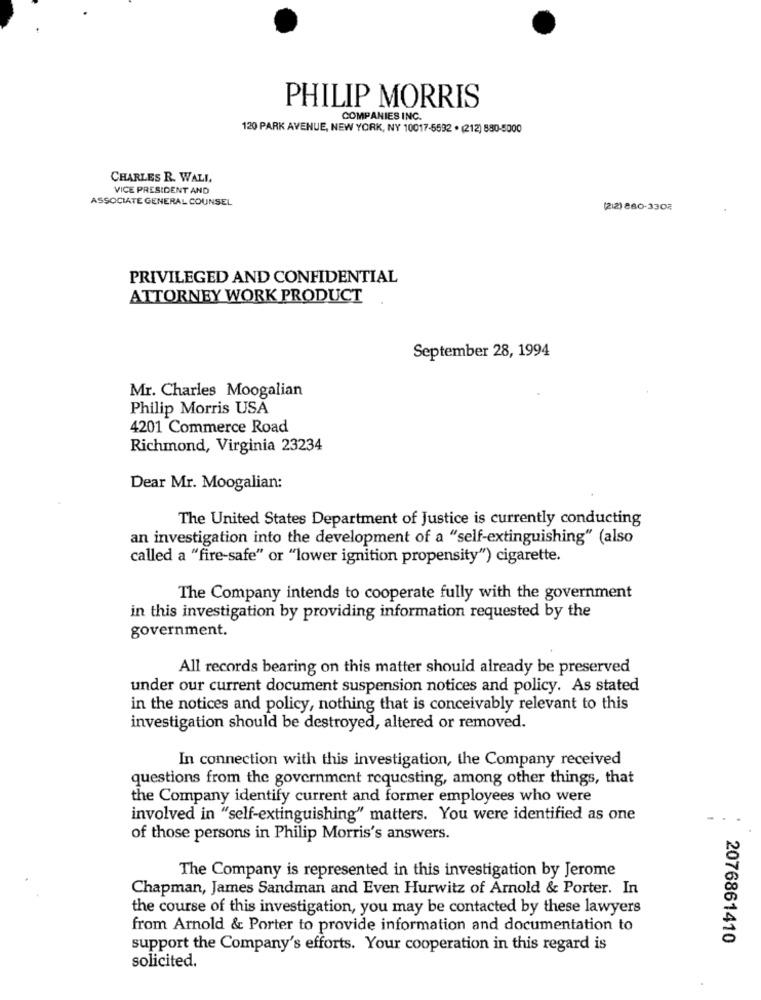
PHILIP MORRIS
COMPANIES INC.
120 PARK AVENUE, NEW YORK, NY 10017-5592 . (212) 880-5000
CHARLES R. WALL
VICE PRESIDENT AND
ASSOCIATE GENERAL COUNSEL
(212) 880-3302
PRIVILEGED AND CONFIDENTIAL
ATTORNEY WORK PRODUCT
September 28, 1994
Mr. Charles Moogalian
Philip Morris USA
4201 Commerce Road
Richmond, Virginia 23234
Dear Mr. Moogalian:
The United States Department of Justice is currently conducting
an investigation into the development of a "self-extinguishing" (also
called a "fire-safe" or "lower ignition propensity") cigarette.
The Company intends to cooperate fully with the government
in this investigation by providing information requested by the
government.
All records bearing on this matter should already be preserved
under our current document suspension notices and policy. As stated
in the notices and policy, nothing that is conceivably relevant to this
investigation should be destroyed, altered or removed.
In connection with this investigation, the Company received
questions from the government requesting, among other things, that
the Company identify current and former employees who were
involved in "self-extinguishing" matters. You were identified as one
of those persons in Philip Morris's answers.
The Company is represented in this investigation by Jerome
Chapman, James Sandman and Even Hurwitz of Arnold & Porter. In
the course of this investigation, you may be contacted by these lawyers
from Arnold & Porter to provide information and documentation to
2076861410
support the Company's efforts. Your cooperation in this regard is
solicited.